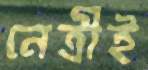
নেত্রীই